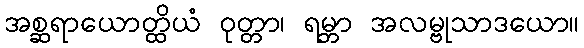
အစ္ဆရာယောတ္ထိယံ ဝုတ္တာ၊ ရမ္ဘာ အလမ္ဗုသာဒယော။